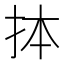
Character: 𢫆